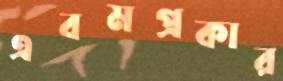
এবমপ্রকার